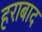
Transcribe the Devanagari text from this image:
हराबाद